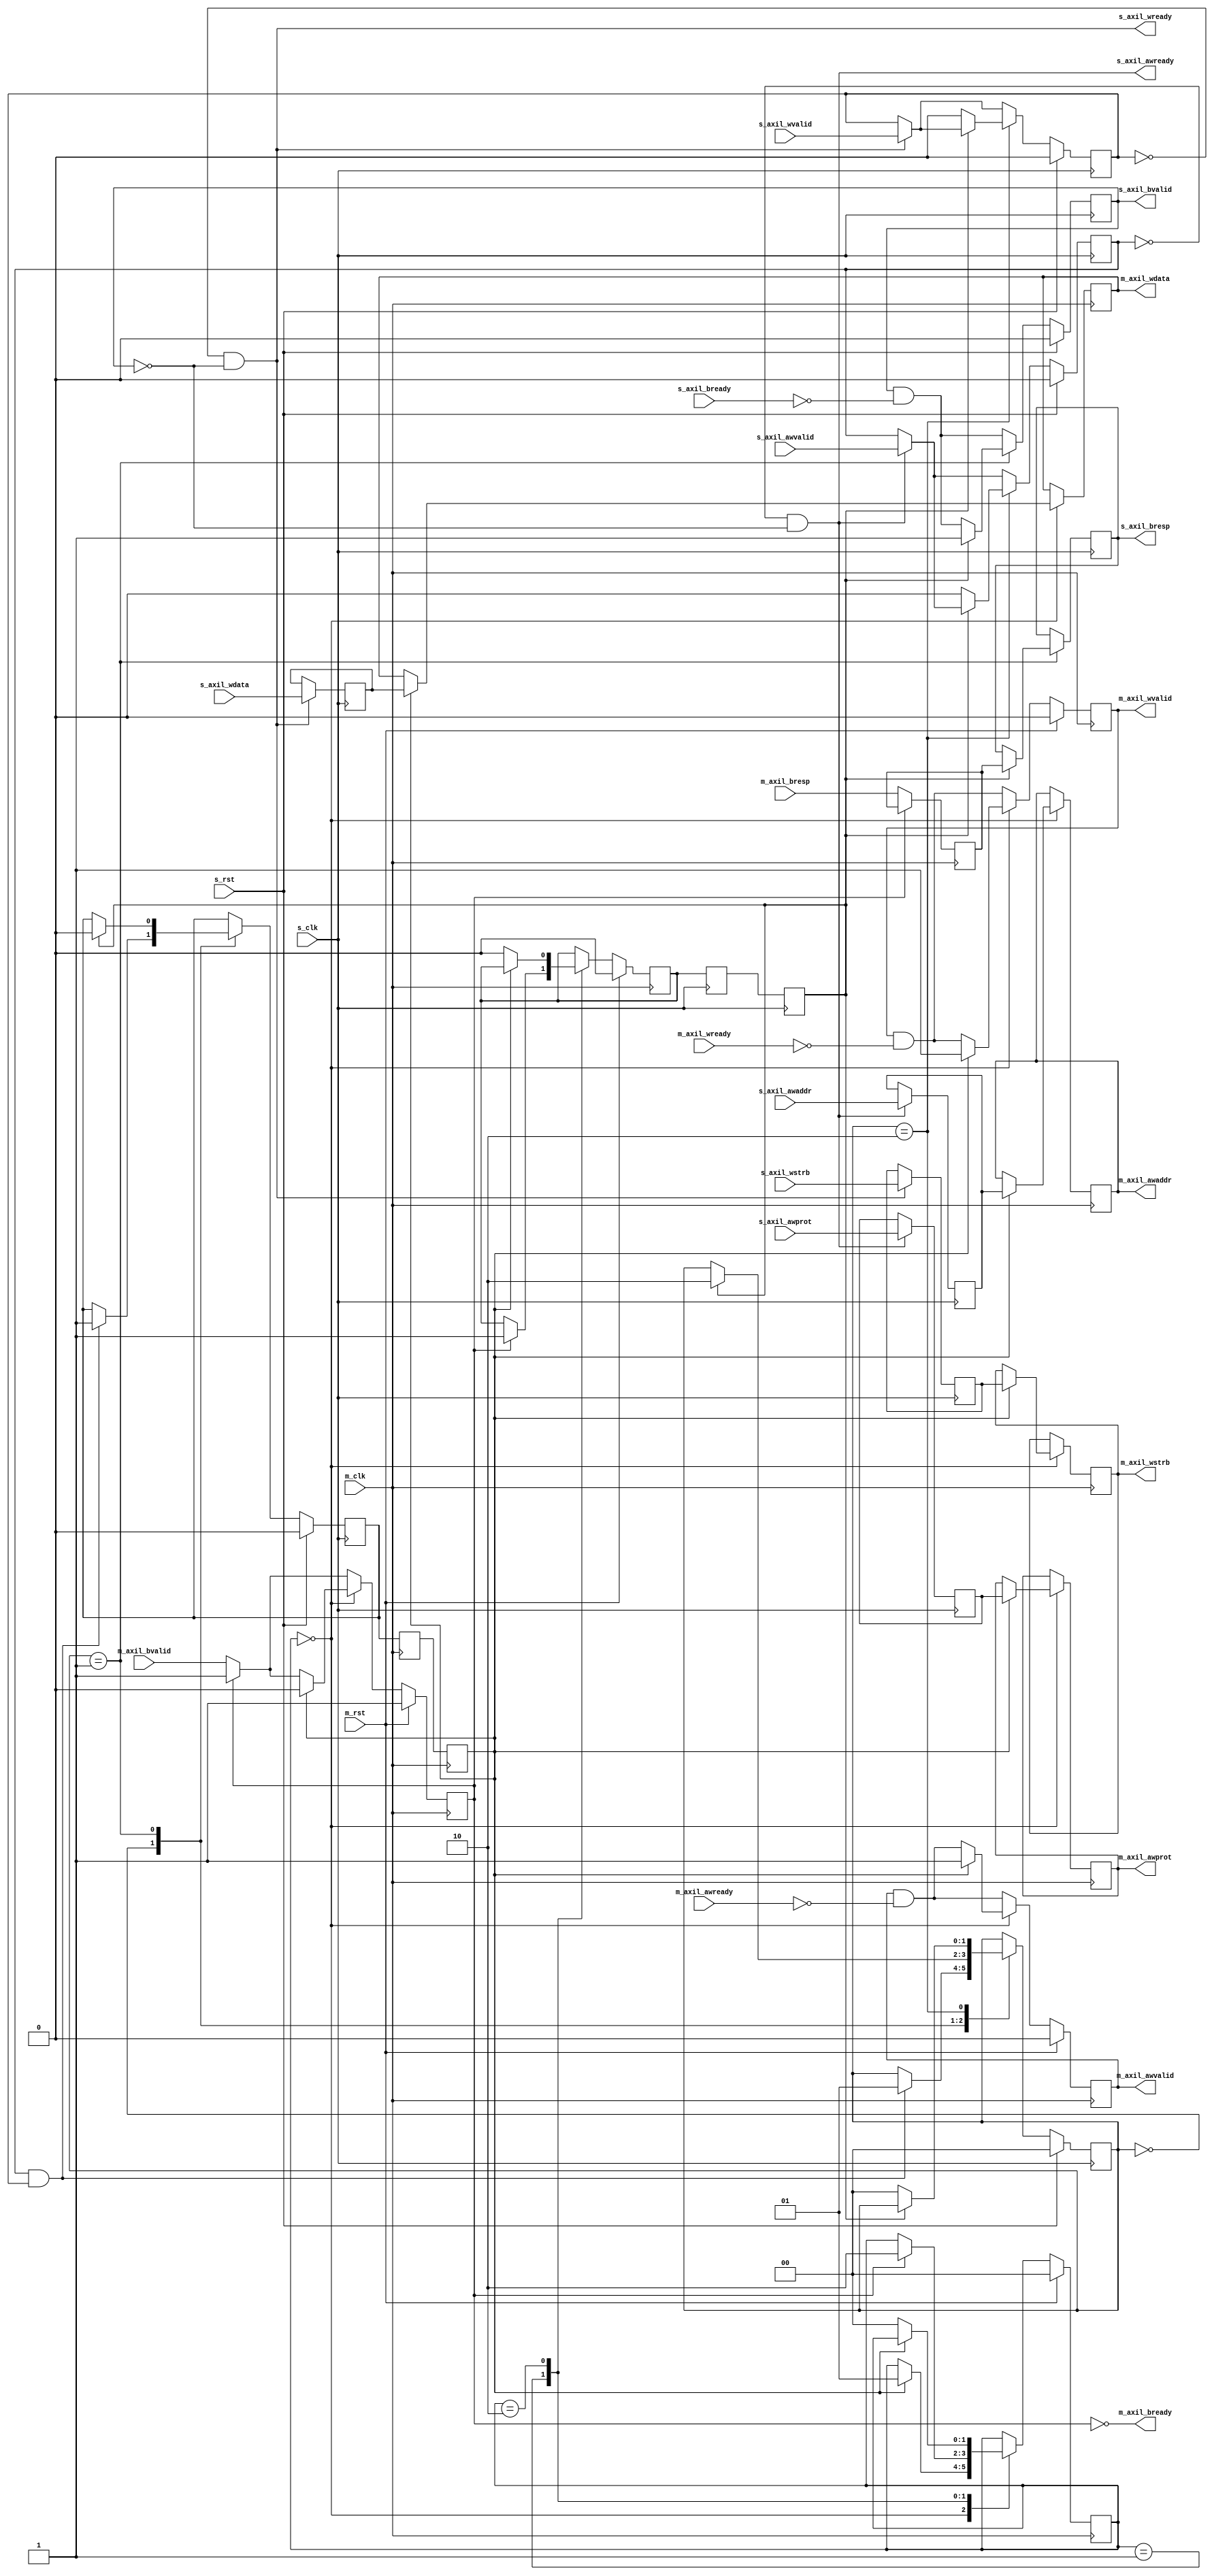
/*

Copyright (c) 2019 Alex Forencich

Permission is hereby granted, free of charge, to any person obtaining a copy
of this software and associated documentation files (the "Software"), to deal
in the Software without restriction, including without limitation the rights
to use, copy, modify, merge, publish, distribute, sublicense, and/or sell
copies of the Software, and to permit persons to whom the Software is
furnished to do so, subject to the following conditions:

The above copyright notice and this permission notice shall be included in
all copies or substantial portions of the Software.

THE SOFTWARE IS PROVIDED "AS IS", WITHOUT WARRANTY OF ANY KIND, EXPRESS OR
IMPLIED, INCLUDING BUT NOT LIMITED TO THE WARRANTIES OF MERCHANTABILITY
FITNESS FOR A PARTICULAR PURPOSE AND NONINFRINGEMENT. IN NO EVENT SHALL THE
AUTHORS OR COPYRIGHT HOLDERS BE LIABLE FOR ANY CLAIM, DAMAGES OR OTHER
LIABILITY, WHETHER IN AN ACTION OF CONTRACT, TORT OR OTHERWISE, ARISING FROM,
OUT OF OR IN CONNECTION WITH THE SOFTWARE OR THE USE OR OTHER DEALINGS IN
THE SOFTWARE.

*/

// Language: Verilog 2001

`resetall
`timescale 1ns / 1ps
`default_nettype none

/*
 * AXI4 lite clock domain crossing module (write)
 */
module axil_cdc_wr #
(
    // Width of data bus in bits
    parameter DATA_WIDTH = 32,
    // Width of address bus in bits
    parameter ADDR_WIDTH = 32,
    // Width of wstrb (width of data bus in words)
    parameter STRB_WIDTH = (DATA_WIDTH/8)
)
(
    /*
     * AXI lite slave interface
     */
    input  wire                   s_clk,
    input  wire                   s_rst,
    input  wire [ADDR_WIDTH-1:0]  s_axil_awaddr,
    input  wire [2:0]             s_axil_awprot,
    input  wire                   s_axil_awvalid,
    output wire                   s_axil_awready,
    input  wire [DATA_WIDTH-1:0]  s_axil_wdata,
    input  wire [STRB_WIDTH-1:0]  s_axil_wstrb,
    input  wire                   s_axil_wvalid,
    output wire                   s_axil_wready,
    output wire [1:0]             s_axil_bresp,
    output wire                   s_axil_bvalid,
    input  wire                   s_axil_bready,

    /*
     * AXI lite master interface
     */
    input  wire                   m_clk,
    input  wire                   m_rst,
    output wire [ADDR_WIDTH-1:0]  m_axil_awaddr,
    output wire [2:0]             m_axil_awprot,
    output wire                   m_axil_awvalid,
    input  wire                   m_axil_awready,
    output wire [DATA_WIDTH-1:0]  m_axil_wdata,
    output wire [STRB_WIDTH-1:0]  m_axil_wstrb,
    output wire                   m_axil_wvalid,
    input  wire                   m_axil_wready,
    input  wire [1:0]             m_axil_bresp,
    input  wire                   m_axil_bvalid,
    output wire                   m_axil_bready
);

reg [1:0] s_state_reg = 2'd0;
reg s_flag_reg = 1'b0;
(* srl_style = "register" *)
reg s_flag_sync_reg_1 = 1'b0;
(* srl_style = "register" *)
reg s_flag_sync_reg_2 = 1'b0;

reg [1:0] m_state_reg = 2'd0;
reg m_flag_reg = 1'b0;
(* srl_style = "register" *)
reg m_flag_sync_reg_1 = 1'b0;
(* srl_style = "register" *)
reg m_flag_sync_reg_2 = 1'b0;

reg [ADDR_WIDTH-1:0]  s_axil_awaddr_reg = {ADDR_WIDTH{1'b0}};
reg [2:0]             s_axil_awprot_reg = 3'd0;
reg                   s_axil_awvalid_reg = 1'b0;
reg [DATA_WIDTH-1:0]  s_axil_wdata_reg = {DATA_WIDTH{1'b0}};
reg [STRB_WIDTH-1:0]  s_axil_wstrb_reg = {STRB_WIDTH{1'b0}};
reg                   s_axil_wvalid_reg = 1'b0;
reg [1:0]             s_axil_bresp_reg = 2'b00;
reg                   s_axil_bvalid_reg = 1'b0;

reg [ADDR_WIDTH-1:0]  m_axil_awaddr_reg = {ADDR_WIDTH{1'b0}};
reg [2:0]             m_axil_awprot_reg = 3'd0;
reg                   m_axil_awvalid_reg = 1'b0;
reg [DATA_WIDTH-1:0]  m_axil_wdata_reg = {DATA_WIDTH{1'b0}};
reg [STRB_WIDTH-1:0]  m_axil_wstrb_reg = {STRB_WIDTH{1'b0}};
reg                   m_axil_wvalid_reg = 1'b0;
reg [1:0]             m_axil_bresp_reg = 2'b00;
reg                   m_axil_bvalid_reg = 1'b1;

assign s_axil_awready = !s_axil_awvalid_reg && !s_axil_bvalid_reg;
assign s_axil_wready = !s_axil_wvalid_reg && !s_axil_bvalid_reg;
assign s_axil_bresp = s_axil_bresp_reg;
assign s_axil_bvalid = s_axil_bvalid_reg;

assign m_axil_awaddr = m_axil_awaddr_reg;
assign m_axil_awprot = m_axil_awprot_reg;
assign m_axil_awvalid = m_axil_awvalid_reg;
assign m_axil_wdata = m_axil_wdata_reg;
assign m_axil_wstrb = m_axil_wstrb_reg;
assign m_axil_wvalid = m_axil_wvalid_reg;
assign m_axil_bready = !m_axil_bvalid_reg;

// slave side
always @(posedge s_clk) begin
    s_axil_bvalid_reg <= s_axil_bvalid_reg && !s_axil_bready;

    if (!s_axil_awvalid_reg && !s_axil_bvalid_reg) begin
        s_axil_awaddr_reg <= s_axil_awaddr;
        s_axil_awprot_reg <= s_axil_awprot;
        s_axil_awvalid_reg <= s_axil_awvalid;
    end

    if (!s_axil_wvalid_reg && !s_axil_bvalid_reg) begin
        s_axil_wdata_reg <= s_axil_wdata;
        s_axil_wstrb_reg <= s_axil_wstrb;
        s_axil_wvalid_reg <= s_axil_wvalid;
    end

    case (s_state_reg)
        2'd0: begin
            if (s_axil_awvalid_reg && s_axil_wvalid_reg) begin
                s_state_reg <= 2'd1;
                s_flag_reg <= 1'b1;
            end
        end
        2'd1: begin
            if (m_flag_sync_reg_2) begin
                s_state_reg <= 2'd2;
                s_flag_reg <= 1'b0;
                s_axil_bresp_reg <= m_axil_bresp_reg;
                s_axil_bvalid_reg <= 1'b1;
            end
        end
        2'd2: begin
            if (!m_flag_sync_reg_2) begin
                s_state_reg <= 2'd0;
                s_axil_awvalid_reg <= 1'b0;
                s_axil_wvalid_reg <= 1'b0;
            end
        end
    endcase

    if (s_rst) begin
        s_state_reg <= 2'd0;
        s_flag_reg <= 1'b0;
        s_axil_awvalid_reg <= 1'b0;
        s_axil_wvalid_reg <= 1'b0;
        s_axil_bvalid_reg <= 1'b0;
    end
end

// synchronization
always @(posedge s_clk) begin
    m_flag_sync_reg_1 <= m_flag_reg;
    m_flag_sync_reg_2 <= m_flag_sync_reg_1;
end

always @(posedge m_clk) begin
    s_flag_sync_reg_1 <= s_flag_reg;
    s_flag_sync_reg_2 <= s_flag_sync_reg_1;
end

// master side
always @(posedge m_clk) begin
    m_axil_awvalid_reg <= m_axil_awvalid_reg && !m_axil_awready;
    m_axil_wvalid_reg <= m_axil_wvalid_reg && !m_axil_wready;

    if (!m_axil_bvalid_reg) begin
        m_axil_bresp_reg <= m_axil_bresp;
        m_axil_bvalid_reg <= m_axil_bvalid;
    end

    case (m_state_reg)
        2'd0: begin
            if (s_flag_sync_reg_2) begin
                m_state_reg <= 2'd1;
                m_axil_awaddr_reg <= s_axil_awaddr_reg;
                m_axil_awprot_reg <= s_axil_awprot_reg;
                m_axil_awvalid_reg <= 1'b1;
                m_axil_wdata_reg <= s_axil_wdata_reg;
                m_axil_wstrb_reg <= s_axil_wstrb_reg;
                m_axil_wvalid_reg <= 1'b1;
                m_axil_bvalid_reg <= 1'b0;
            end
        end
        2'd1: begin
            if (m_axil_bvalid_reg) begin
                m_flag_reg <= 1'b1;
                m_state_reg <= 2'd2;
            end
        end
        2'd2: begin
            if (!s_flag_sync_reg_2) begin
                m_state_reg <= 2'd0;
                m_flag_reg <= 1'b0;
            end
        end
    endcase

    if (m_rst) begin
        m_state_reg <= 2'd0;
        m_flag_reg <= 1'b0;
        m_axil_awvalid_reg <= 1'b0;
        m_axil_wvalid_reg <= 1'b0;
        m_axil_bvalid_reg <= 1'b1;
    end
end

endmodule

`resetall